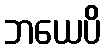
ဘယေပိ